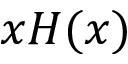
x H ( x )